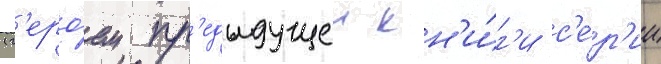
(г'еро́ем пр'едыдущеи кн'и́г'и с'е́р'ии